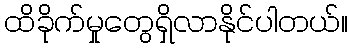
ထိခိုက်မှုတွေရှိလာနိုင်ပါတယ်။